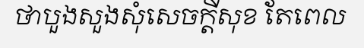
ថាបួងសួងសុំសេចក្តីសុខ តែពេល